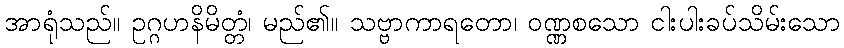
အာရုံသည်။ ဥဂ္ဂဟနိမိတ္တံ၊ မည်၏။ သဗ္ဗာကာရတော၊ ဝဏ္ဏစသော ငါးပါးခပ်သိမ်းသော